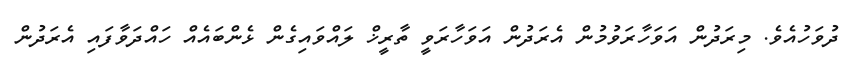
ދުވަހުއެވެ. މިރަދުން އަވަހާރަވުމުން އެރަދުން އަވަހާރަވީ ތާރީޚް ލައްވައިގެން ޅެންބައެއް ހައްދަވާފައި އެރަދުން